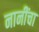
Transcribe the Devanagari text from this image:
नानींचा